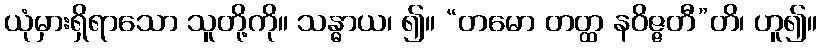
ယုံမှားရှိရာသော သူတို့ကို။ သန္ဓာယ၊ ၍။ “တမော တတ္ထ နဝိဇ္ဇတီ”တိ၊ ဟူ၍။